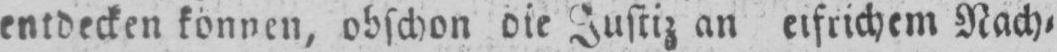
Justiz an eifrichem Nach⸗